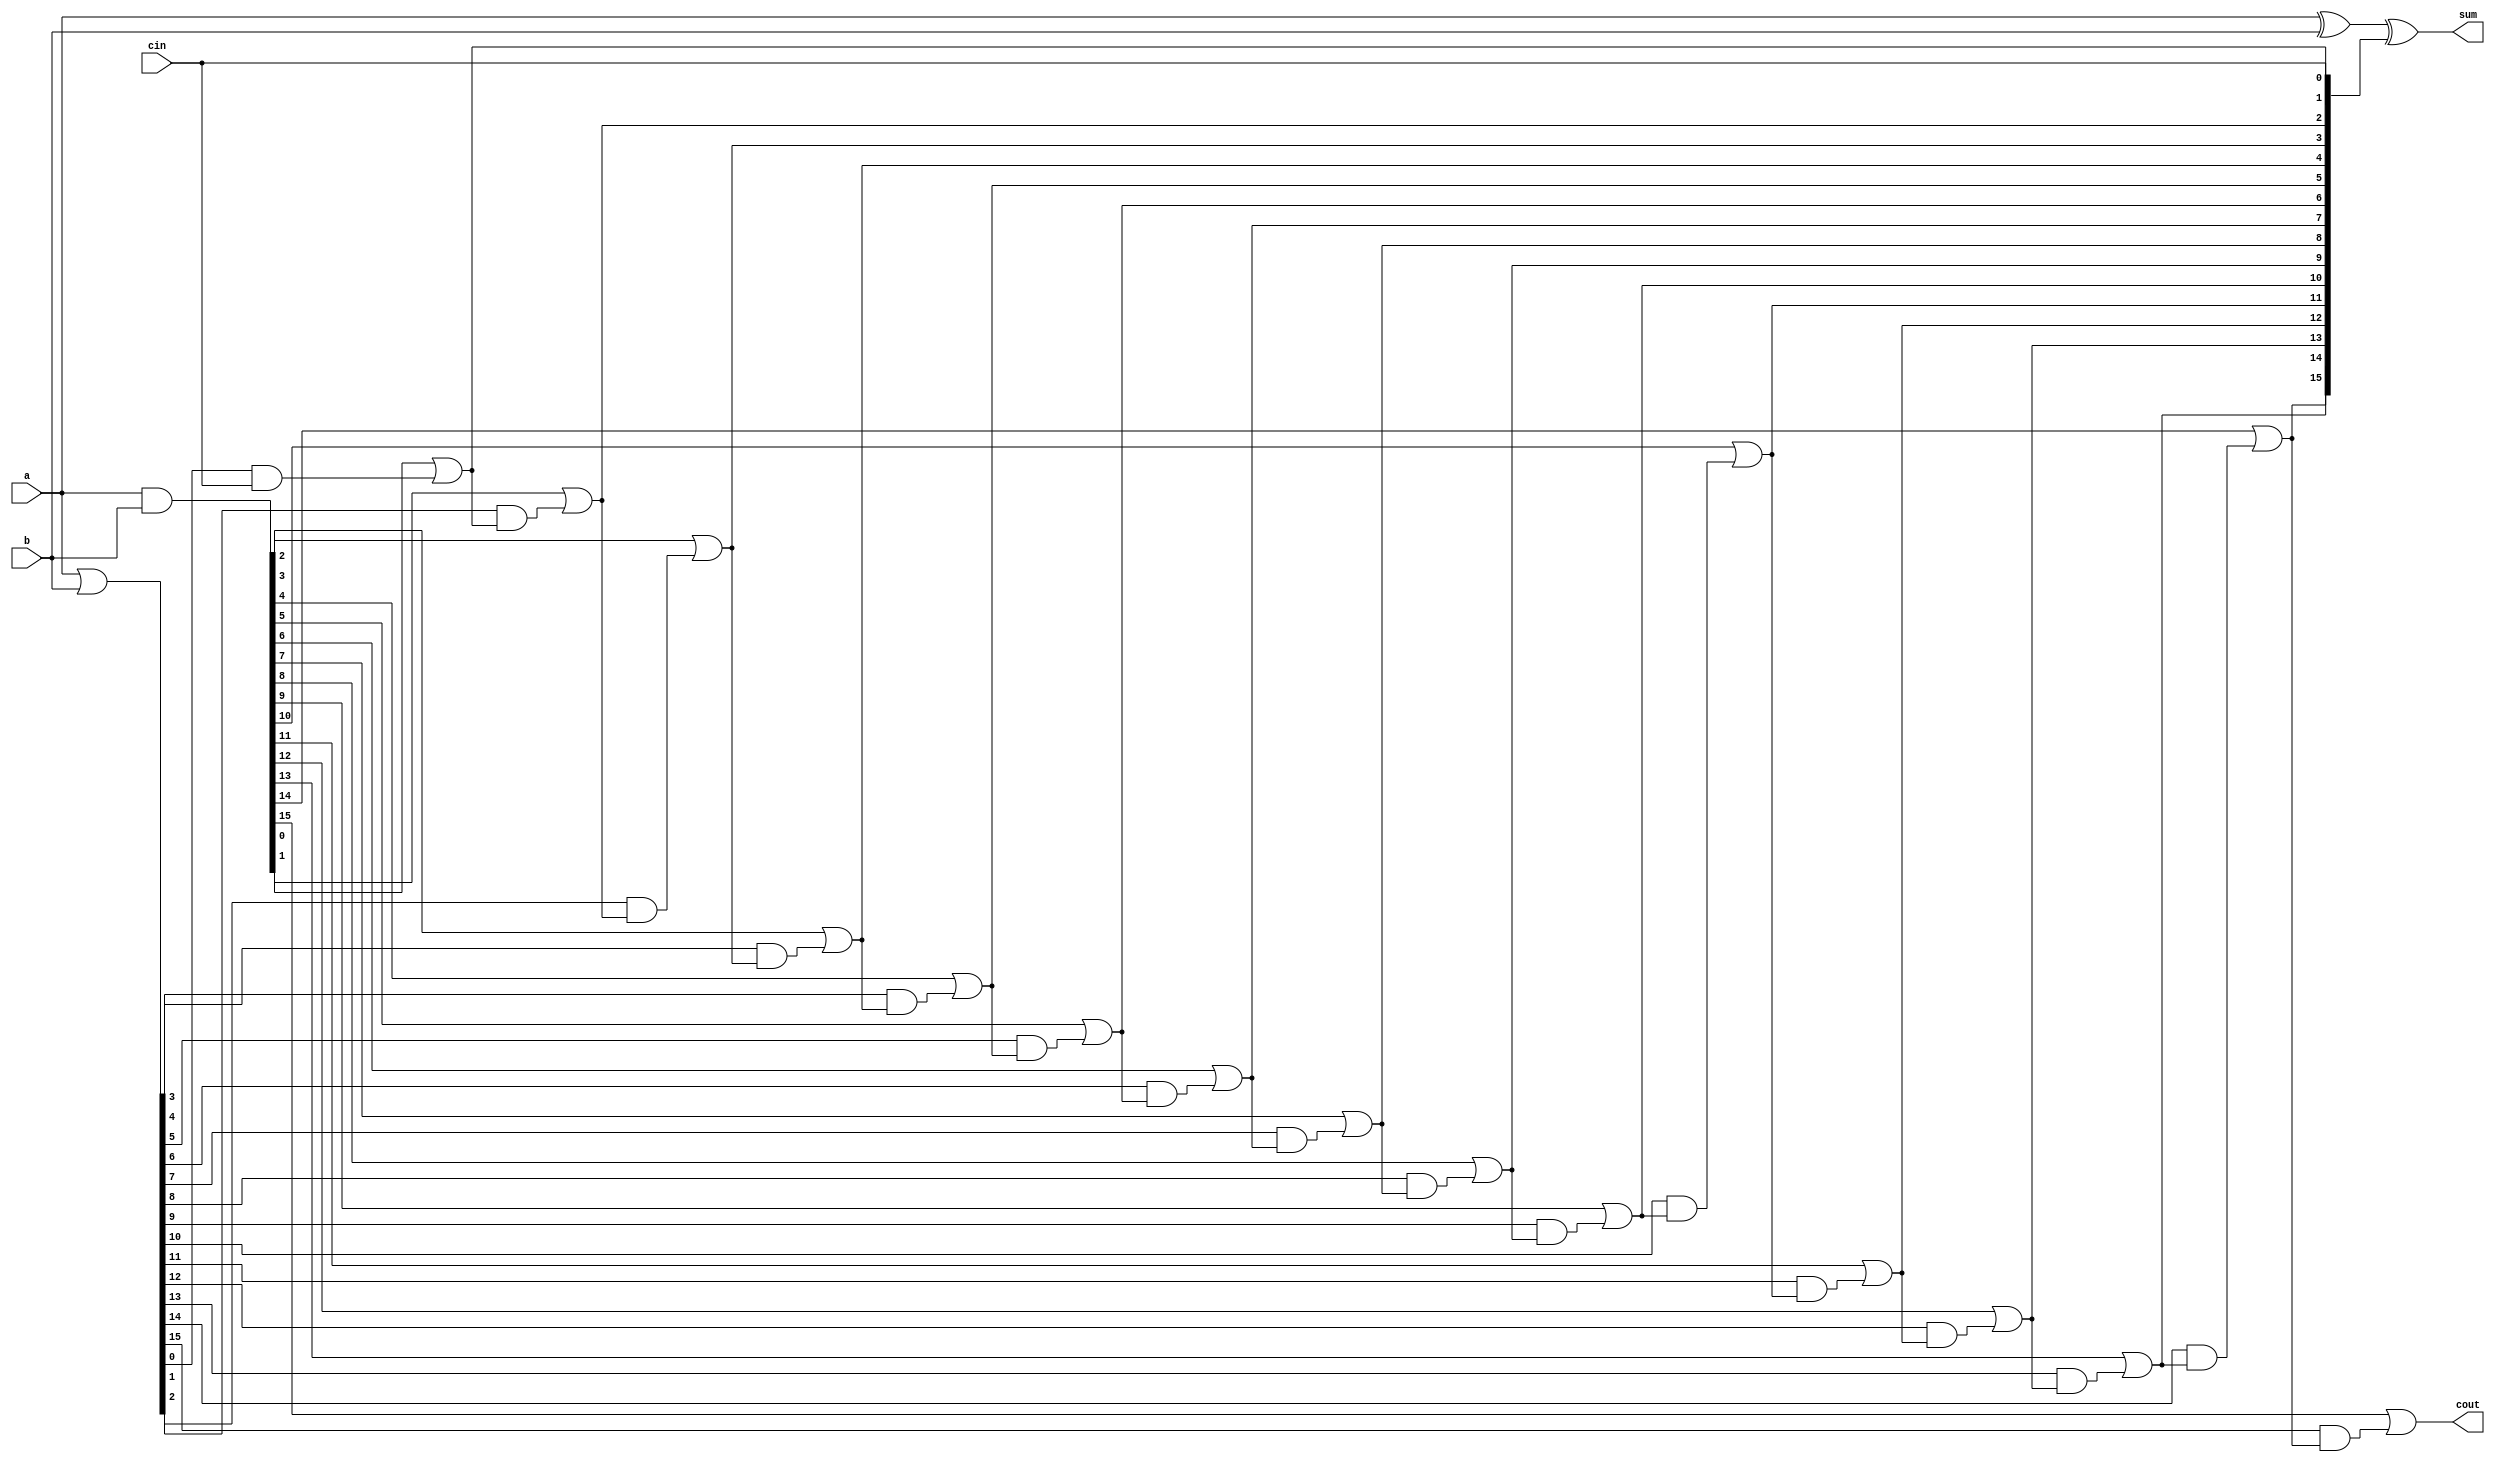
`timescale 1ns / 1ps

module CLA(
    input [15:0] a, // First operand
    input [15:0] b, // Second operand
    input cin,      // Carry input
    output [15:0] sum, // Sum output
    output cout        // Carry output
);

wire [15:0] g; // Generate
wire [15:0] p; // Propagate
wire [16:0] c; // Carry

// Assign generate and propagate signals
assign g = a & b; // Generate signal is high if both bits are 1
assign p = a | b; // Propagate signal is high if either bit is 1

// The carry look-ahead logic
assign c[0] = cin; // The carry-in to the least significant bit

// Look-ahead carry generator
genvar i;
generate
    for (i = 0; i < 16; i = i + 1) begin : carry_gen
        assign c[i + 1] = g[i] | (p[i] & c[i]);
    end
endgenerate

// Sum calculation for each bit
assign sum = a ^ b ^ c[15:0];

// The carry-out is the carry for the bit beyond the most significant bit
assign cout = c[16];

endmodule